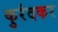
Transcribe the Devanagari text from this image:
कुरंदकर